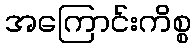
အကြောင်းကိစ္စ